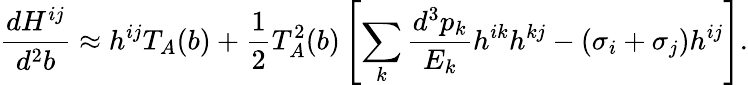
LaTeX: \frac{dH^{ij}}{d^{2}b}\approx h^{ij}T_{A}(b)+\frac{1}{2}T_{A}^{2}(b)\left[\sum_{k}\frac{d^{3}p_{k}}{E_{k}}h^{ik}h^{kj}-(\sigma_{i}+\sigma_{j})h^{ij}\right].